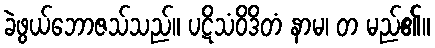
ခဲဖွယ်ဘောဇသ်သည်။ ပဋိသံဝိဒိတံ နာမ၊ တ မည်၏။